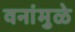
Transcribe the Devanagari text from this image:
वनांमुळे